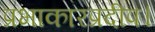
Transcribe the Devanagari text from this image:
प्रभाकारप्रदीप।